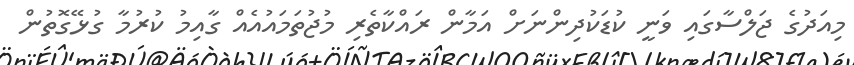
މިއަދުގެ ޖަލްސާގައި ވަނީ ކުޑަކުދިންނަށް އަމާން ރައްކާތެރި މުޖުތަމައުއެއް ގާއިމު ކުރުމާ ގުޅޭގޮތުން